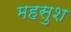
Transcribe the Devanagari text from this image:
महसुश